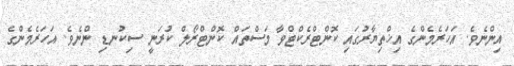
އިންނެވެ. އަހަރެމެންގެ އިޚްތިޔާރުގައި ކޮންޓްރެކްޓްވާ މަސްތައް ކޮންޓްރޯލް ކުރަނީ ސިކުނޑި ންނެވެ. އަހަރެމެންގެ